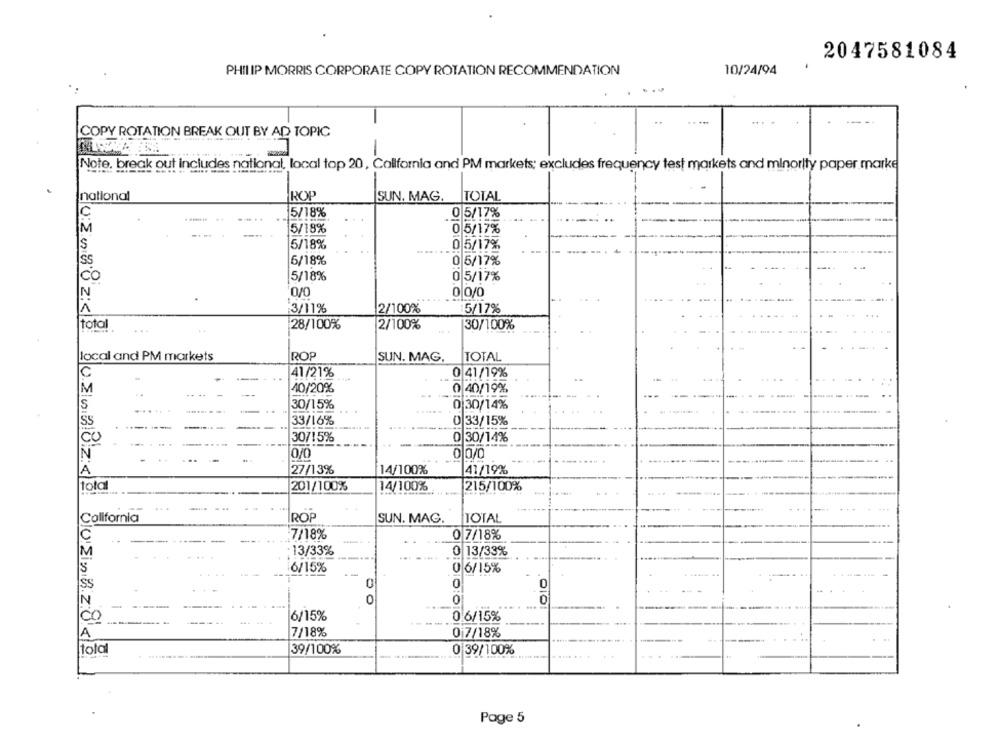
2047581084
PHILIP MORRIS CORPORATE COPY ROTATION RECOMMENDATION
10/24/94
COPY ROTATION BREAK OUT BY AD TOPIC
-
Note, break out includes national, local top 20, California and PM markets; excludes frequency test markets and minority paper marke
national
ROP
SUN. MAG. TOTAL
C
5/18%
. 0 5/17%
IM
5/18%
0 5/17%
5/18%
0 5/17%
IS
Ss
6/18%
0 5/17%
co
5/18%
0 5/17%
N
0 0/0
A
:3/11%
2/100%
5/17%
28/100%
2/100%
30/100%
local and PM markets
ROP
TOTAL
SUN. MAG.
C
41/21%
0 41/19%
M
....
40/20%
0 40/19%
--
s
30/15%
0 30/14%
SS
33/16%
0 33/15%
0 30/14%
Co
30715%
N
0/0
A
27/13%
14/100%
41/19%
total
201/100%
14/100%
215/100%
California
ROP
SUN. MAG.
TOTAL
7/18%
0 7/18%
M
13/33%
0 13/33%
'S
6/15%
0 6/15%
SS
0
0
0
0
0
6/15%
CO
--
0 6/15%
A
7/18%
0 7/18%
total
39/100%
0 39/100%
Page 5